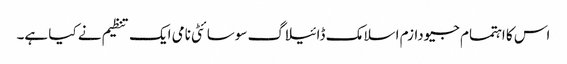
اس کا اہتمام جیودازم اسلامک ڈائیلاگ سوسائٹی نامی ایک تنظیم نے کیا ہے۔